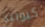
كيوبيد